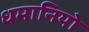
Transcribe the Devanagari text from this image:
धमानियो